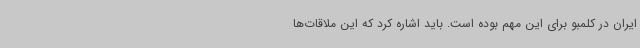
ایران در کلمبو برای این مهم بوده است. باید اشاره کرد که این ملاقات‌ها